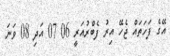
އޭގެ ފަހަތައް ޖެހޭ އިރު ފެބްރުއަރީ 06 07 އަދި 08 ވަނަ